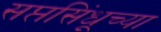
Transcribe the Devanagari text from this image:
सप्तसिंधूच्या